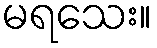
မရသေး။